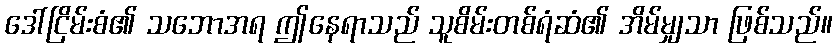
ဒေါ်ငြိမ်းစံ၏ သဘောအရ ဤနေရာသည် သူစိမ်းတစ်ရံဆံ၏ အိမ်မျှသာ ဖြစ်သည်။